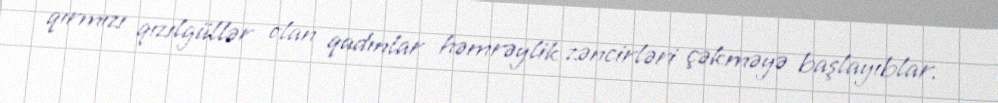
qırmızı qızılgüllər olan qadınlar həmrəylik zəncirləri çəkməyə başlayıblar.